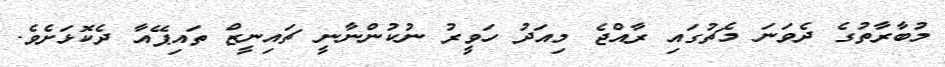
މުބާރާތުގެ ދެވަނަ މެޗުގައި ރާއްޖެ މިއަދު ހަވީރު ނުކުންނާނީ ޗައިނީޒް ތައިޕޭއާ ދެކޮޅަށެވެ.